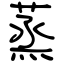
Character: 蒸